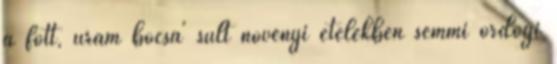
a főtt, uram bocsá' sült növényi ételekben semmi ördögi